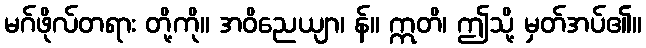
မဂ်ဖိုလ်တရား တို့ကို။ အဝိညေယျာ၊ န်။ ဣတိ၊ ဤသို့ မှတ်အပ်၏။